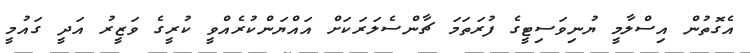
އެގޮތުން އިސްލާމީ ޔުނިވަސިޓީގެ ފުރަތަމަ ޗާންސެލަރަކަށް އައްޔަންކުރެއްވީ ކުރީގެ ވަޒީރު އަދީ ގައުމީ